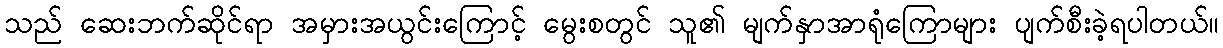
သည် ဆေးဘက်ဆိုင်ရာ အမှားအယွင်းကြောင့် မွေးစတွင် သူ၏ မျက်နှာအာရုံကြောများ ပျက်စီးခဲ့ရပါတယ်။